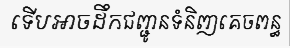
ទើបអាចដឹកជញ្ជូនទំនិញគេចពន្ធ